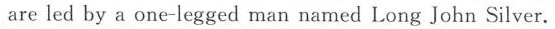
are led by a one-legged man named Long John Silver.